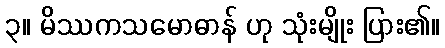
၃။ မိဿကသမောဓာန် ဟု သုံးမျိုး ပြား၏။